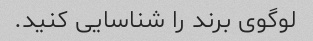
لوگوی برند را شناسایی کنید.